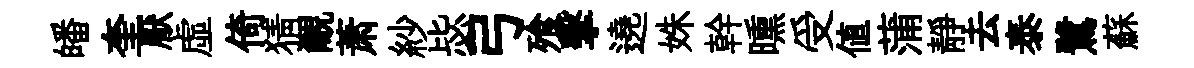
皤奎厭虛倚猜覼萧紗毖弓飱擊遶姝幹曛受値蒲靜去泰鷺蘇